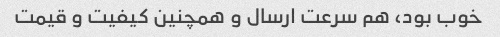
خوب بود، هم سرعت ارسال و همچنین کیفیت و قیمت